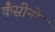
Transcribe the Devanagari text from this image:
कँसीनो